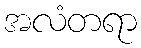
အလံတရာ